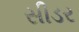
સીડર